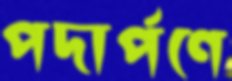
পদার্পণে